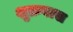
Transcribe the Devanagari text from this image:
शुक्रवास